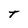
Character: T